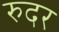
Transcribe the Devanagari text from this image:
रुदर